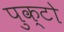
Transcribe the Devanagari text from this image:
पुक्टो